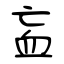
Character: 衁